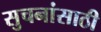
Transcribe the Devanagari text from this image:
सुचनांसाठी